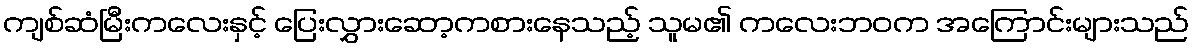
ကျစ်ဆံမြီးကလေးနှင့် ပြေးလွှားဆော့ကစားနေသည့် သူမ၏ ကလေးဘဝက အကြောင်းများသည်